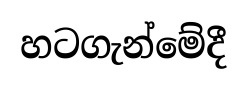
හටගැන්මේදී